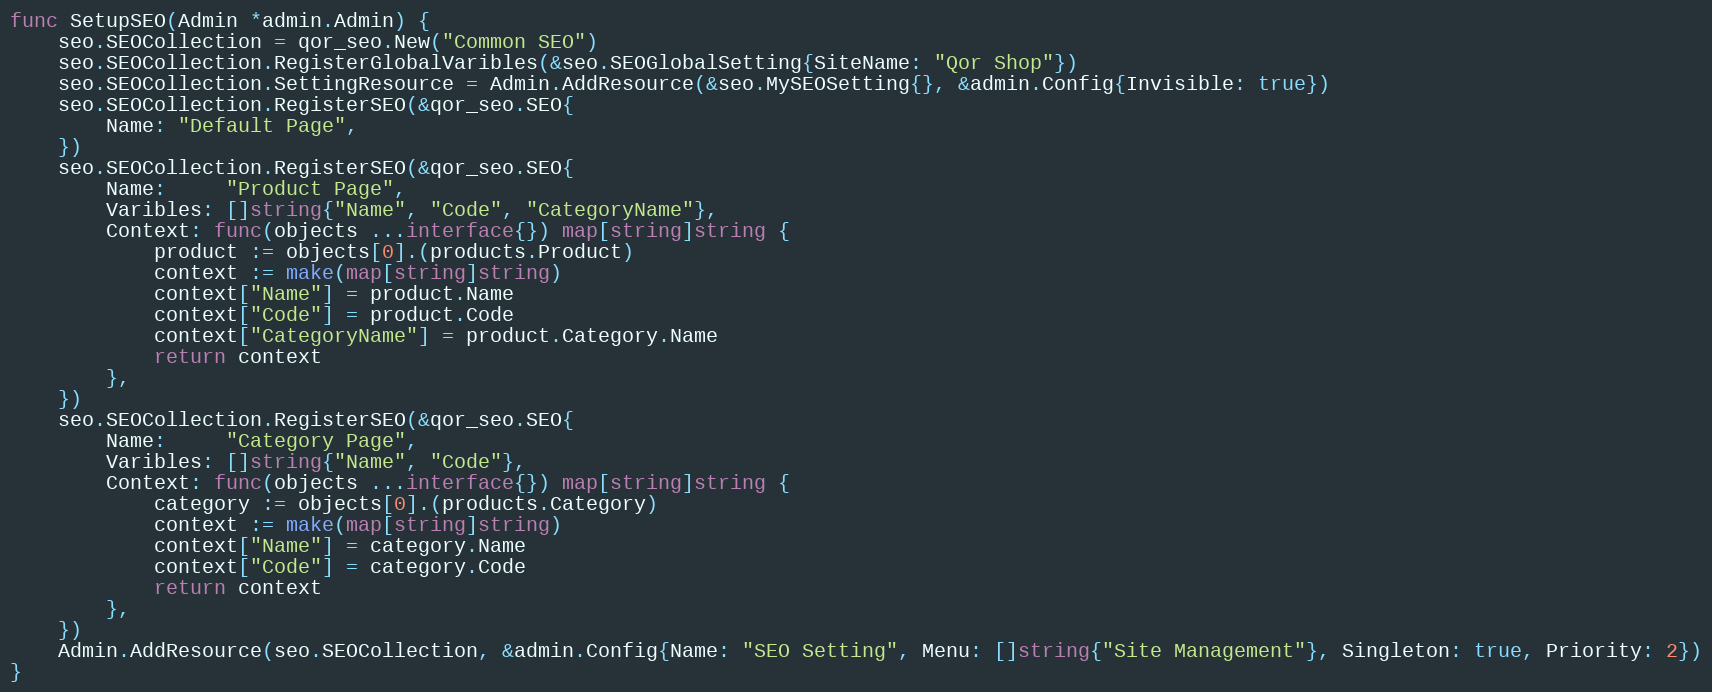
Language: Go
func SetupSEO(Admin *admin.Admin) {
	seo.SEOCollection = qor_seo.New("Common SEO")
	seo.SEOCollection.RegisterGlobalVaribles(&seo.SEOGlobalSetting{SiteName: "Qor Shop"})
	seo.SEOCollection.SettingResource = Admin.AddResource(&seo.MySEOSetting{}, &admin.Config{Invisible: true})
	seo.SEOCollection.RegisterSEO(&qor_seo.SEO{
		Name: "Default Page",
	})
	seo.SEOCollection.RegisterSEO(&qor_seo.SEO{
		Name:     "Product Page",
		Varibles: []string{"Name", "Code", "CategoryName"},
		Context: func(objects ...interface{}) map[string]string {
			product := objects[0].(products.Product)
			context := make(map[string]string)
			context["Name"] = product.Name
			context["Code"] = product.Code
			context["CategoryName"] = product.Category.Name
			return context
		},
	})
	seo.SEOCollection.RegisterSEO(&qor_seo.SEO{
		Name:     "Category Page",
		Varibles: []string{"Name", "Code"},
		Context: func(objects ...interface{}) map[string]string {
			category := objects[0].(products.Category)
			context := make(map[string]string)
			context["Name"] = category.Name
			context["Code"] = category.Code
			return context
		},
	})
	Admin.AddResource(seo.SEOCollection, &admin.Config{Name: "SEO Setting", Menu: []string{"Site Management"}, Singleton: true, Priority: 2})
}